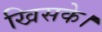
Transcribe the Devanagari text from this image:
खिसके।